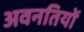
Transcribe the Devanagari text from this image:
अवनतियों